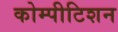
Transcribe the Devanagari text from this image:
कोम्पीटिशन